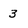
Character: 3